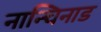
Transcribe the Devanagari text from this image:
नान्चिनाड